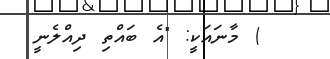
) މާނައަކީ: "އެ ބައްތި ދިއްލެނީ